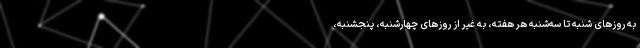
به روزهای شنبه تا سه‌شنبه هر هفته، به غیر از روزهای چهارشنبه، پنجشنبه،